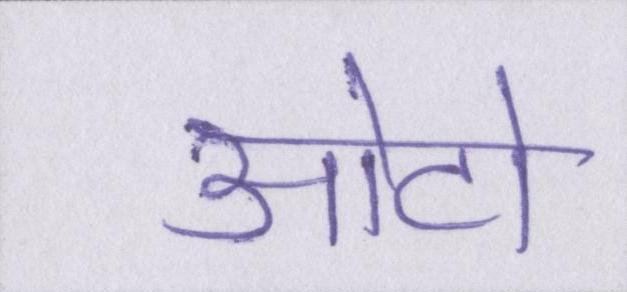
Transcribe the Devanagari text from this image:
ओटो